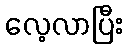
လေ့လာပြီး